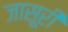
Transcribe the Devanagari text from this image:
जासूरी